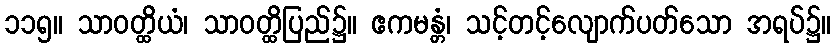
၁၁၅။ သာဝတ္ထိယံ၊ သာဝတ္ထိပြည်၌။ ဧကမန္တံ၊ သင့်တင့်လျောက်ပတ်သော အရပ်၌။